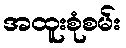
အထူးစုံစမ်း